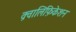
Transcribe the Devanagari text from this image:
क़्वालिफ़िकेशन